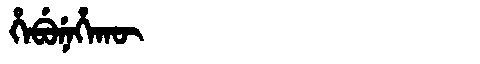
Manchu: ᡥᡝᠪᡠᠨᡝᡥᠠᡴᡡ
Romanization: HEBUNEHAKŪ